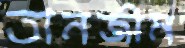
তানজীম